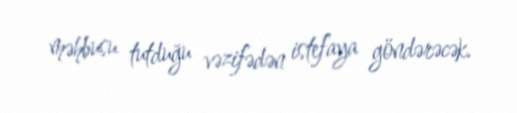
məhbusu tutduğu vəzifədən istefaya göndərəcək.